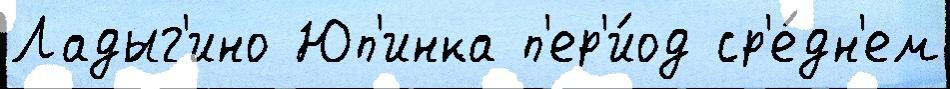
Ладыг'ино Юп'инка п'ер'и́од ср'е́дн'ем